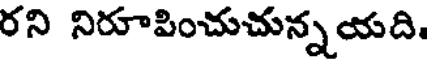
రని నిరూపించుచున్నయది.